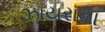
ઝાયરાના